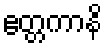
ဧတ္တကာနိ